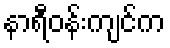
နာရီဝန်းကျင်က